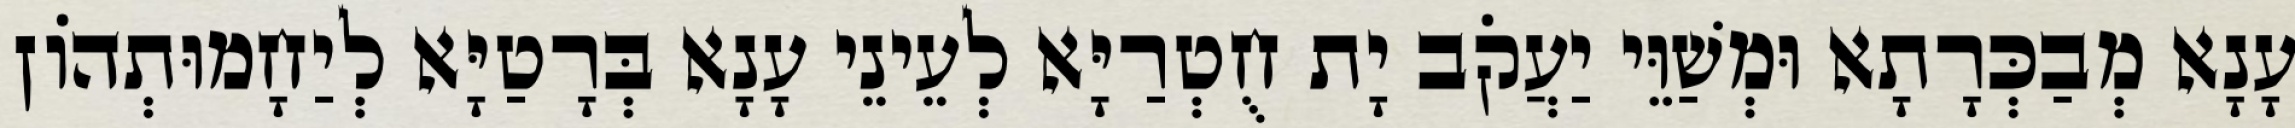
עָנָא מְבַכְּרָתָא וּמְשַׁוֵּי יַעֲקֹב יָת חֻטְרַיָּא לְעֵינֵי עָנָא בְּרָטַיָּא לְיַחָמוּתְהוֹן